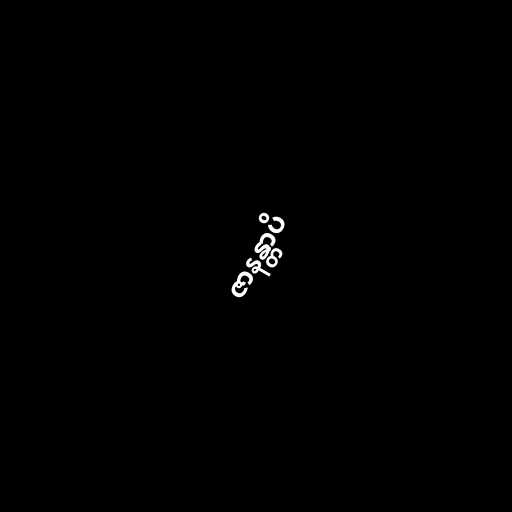
ဇာနန္တာပိ